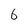
Character: 6